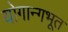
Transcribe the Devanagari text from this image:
योगान्गभूत